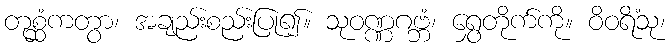
တုစ္ဆံကတွာ၊ အချည်းစည်းပြု၍။ သုဝဏ္ဏဂဗ္ဘံ၊ ရွှေတိုက်ကို။ ဝိဝရိံသု၊